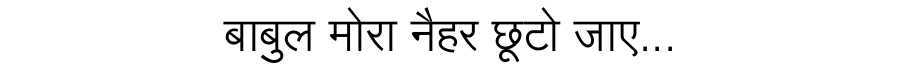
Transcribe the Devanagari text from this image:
बाबुल मोरा नैहर छूटो जाए...